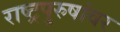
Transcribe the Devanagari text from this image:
राष्ट्रपुरुषांवर